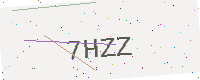
Text: 7HZZ